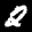
Label: 2